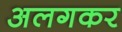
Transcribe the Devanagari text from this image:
अलगकर